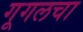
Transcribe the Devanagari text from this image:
गूगलचा